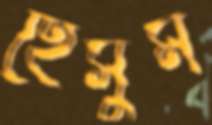
হেসুম